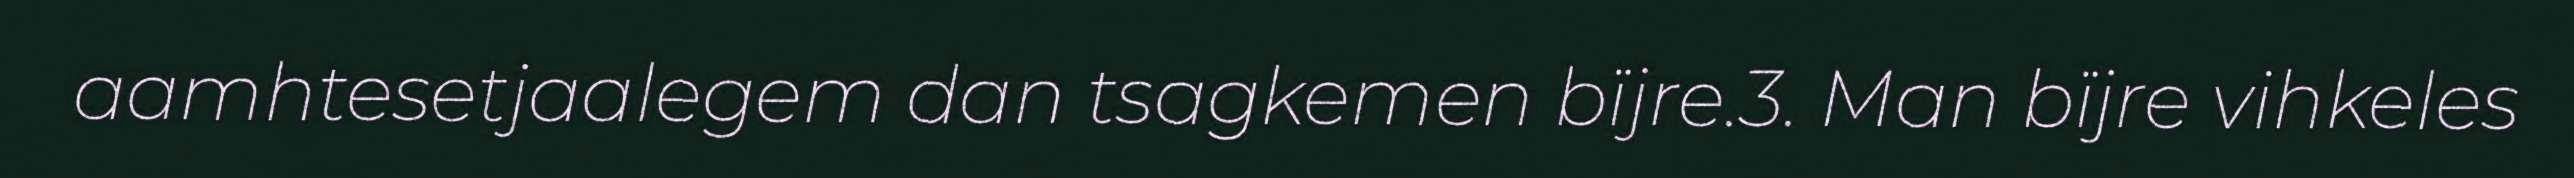
aamhtesetjaalegem dan tsagkemen bïjre.3. Man bïjre vihkeles